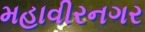
મહાવીરનગર